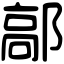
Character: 鄗